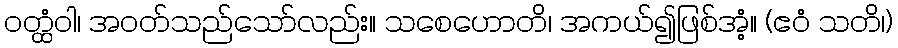
ဝတ္ထံဝါ၊ အဝတ်သည်သော်လည်း။ သစေဟောတိ၊ အကယ်၍ဖြစ်အံ့။ (ဧဝံ သတိ၊)